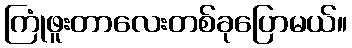
ကြုံဖူးတာလေးတစ်ခုပြောမယ်။